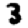
Digit: 3